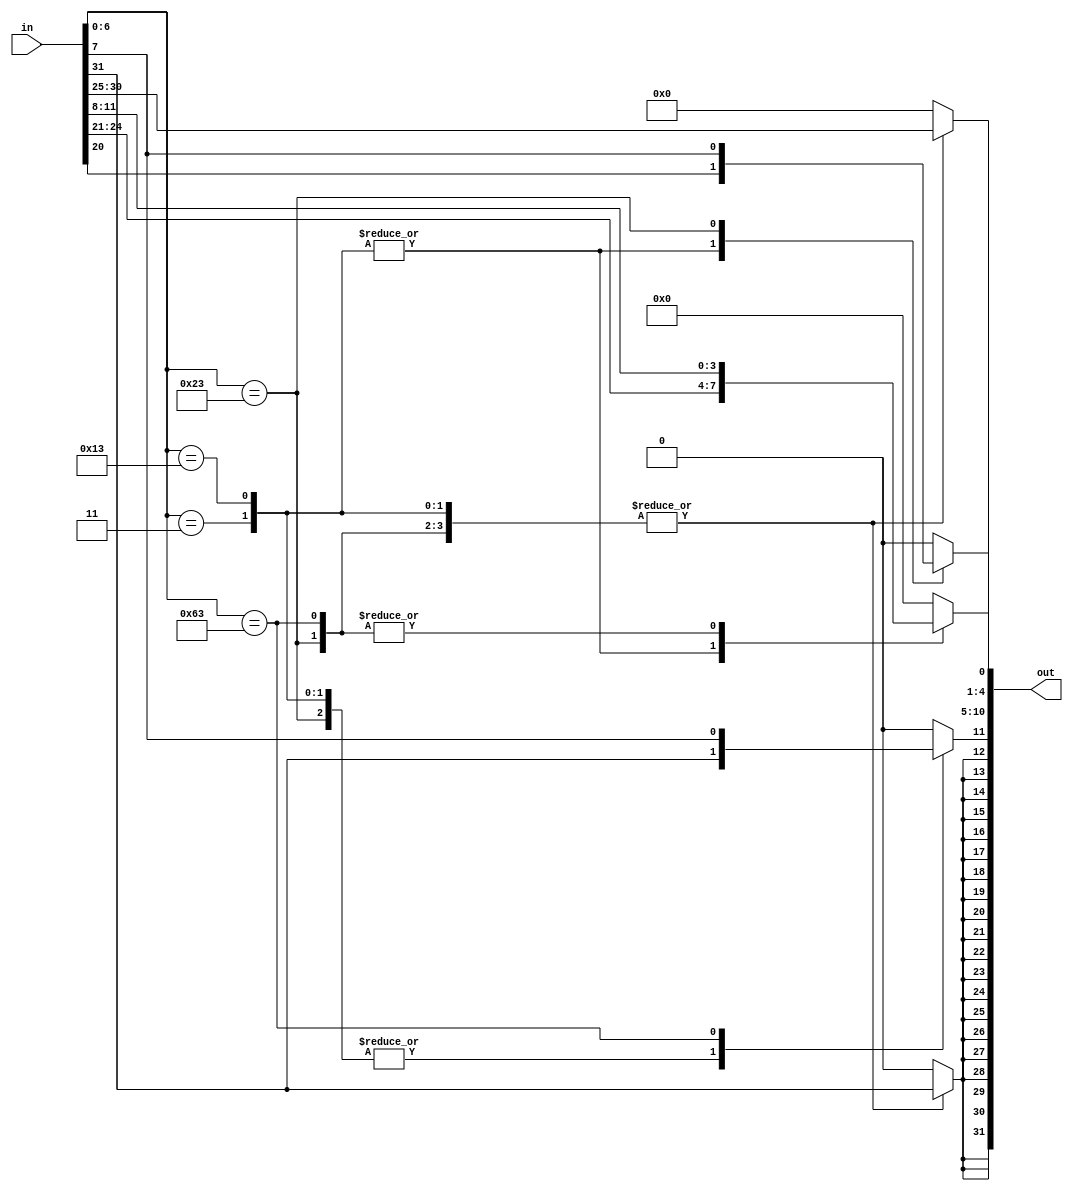
`timescale 1ns / 1ps

module imm_gen(input [31:0] in,
               output reg [31:0] out);
    
    integer i;
    
    always@(in)
    begin
        case (in[6:0])
            7'b0000011:
                begin //lw opcode I
                    out[0] = in[20];
                    out[4:1] = in[24:21];
                    out[10:5] = in[30:25];
                    
                    for (i=11; i < 32; i = i + 1)
                        out[i] = in[31];
                end
            
            7'b0010011:
                begin //addi, andi, ori, xori, slti, sltiu, srli, srai, slli opcode I
                    out[0] = in[20];
                    out[4:1] = in[24:21];
                    out[10:5] = in[30:25];
                    
                    for (i=11; i < 32; i = i +1)
                        out[i] = in[31];
                end
            
            7'b0100011:
                begin //sw opcode S
                    out[0] = in[7];
                    out[4:1] = in[11:8];
                    out[10:5] = in[30:25];
                    
                    for (i=11; i < 32; i = i + 1)
                        out[i] = in[31];
                end

            7'b1100011:
                begin //beq, bne, blt, bge, bltu, bgeu opcode B
                    out[0] = 0;
                    out[4:1] = in[11:8];
                    out[10:5] = in[30:25];
                    out[11] = in[7];
                    
                    for (i=12; i < 32; i = i + 1)
                        out[i] = in[31];
                        
                end
            
            default: out = 32'b0;  
        endcase
    end
endmodule